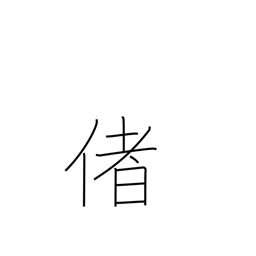
Meaning: well